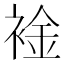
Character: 䘳